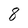
Character: 8